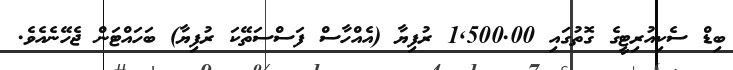
ބިޑް ސެކިއުރިޓީގެ ގޮތުގައި 1